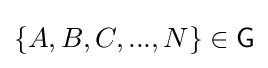
\{A,B,C,...,N\}\in {\mathsf {G}}